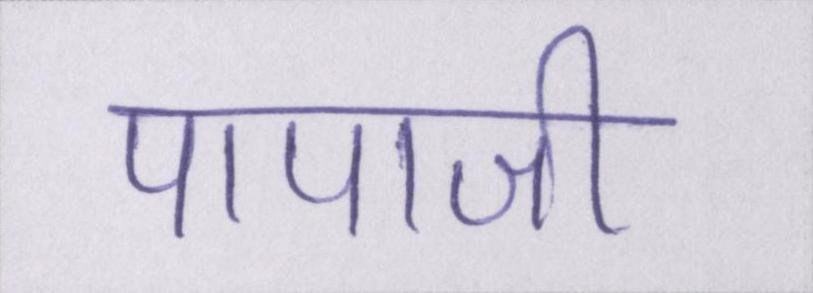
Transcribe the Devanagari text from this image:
पापाजी